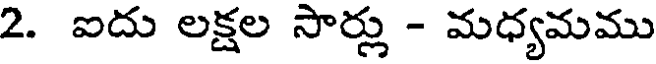
2. ఐదు లక్షల సార్లు - మధ్యమము